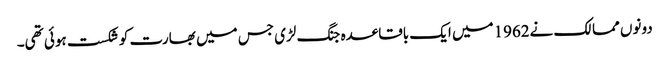
دونوں ممالک نے1962میں ایک باقاعدہ جنگ لڑی جس میں بھارت کو شکست ہوئی تھی۔